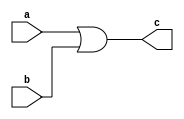
// Code your design here
module orgate(input a,b, output c);
or(c,a,b);
endmodule